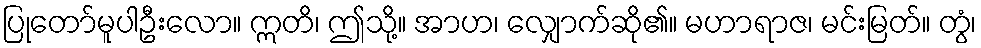
ပြုတော်မူပါဦးလော။ ဣတိ၊ ဤသို့။ အာဟ၊ လျှောက်ဆို၏။ မဟာရာဇ၊ မင်းမြတ်။ တွံ၊